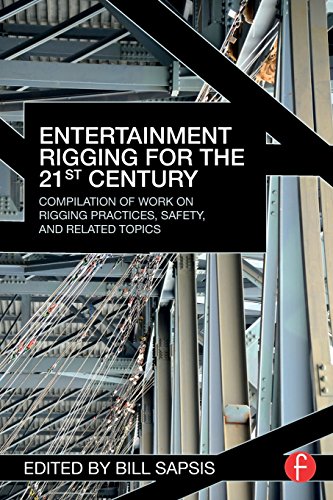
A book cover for Entertainment Rigging for the 21st Century: Compilation of Work on Rigging Practices, Safety, and Related Topics; Humor & Entertainment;